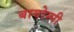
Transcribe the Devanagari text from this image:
बायोस्पी